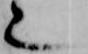
也